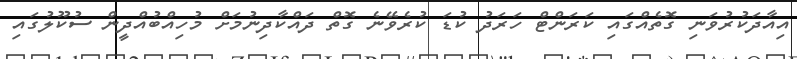
އިއާދަކުރުވަނި ގޮތެއްގައި ކަރަންޓް ހަރަދު ކުޑަ ކުރެވޭނެ ގޮތް ދައްކާދިނުމަށް މުހިއްބުއްދީން ސުކޫލުގައި